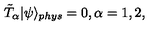
\tilde { T } _ { \alpha } | \psi \rangle _ { p h y s } = 0 , \alpha = 1 , 2 ,